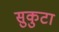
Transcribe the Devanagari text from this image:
सुकुटा